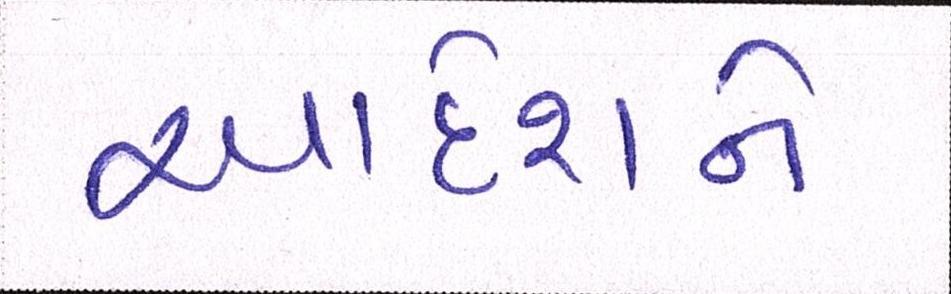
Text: આદેશને